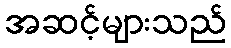
အဆင့်များသည်